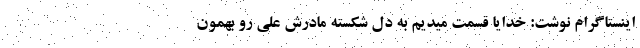
اینستاگرام نوشت: خدایا قسمت میدیم به دل شکسته مادرش علی رو بهمون